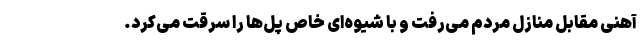
آهنی مقابل منازل مردم می‌رفت و با شیوه‌ای خاص پل‌ها را سرقت می‌کرد.